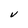
Character: V